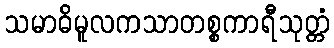
သမာဓိမူလကသာတစ္စကာရီသုတ္တံ